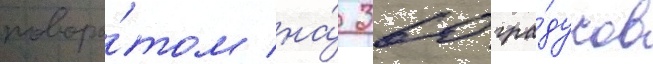
поворо́том на́ 360 гра́дусов